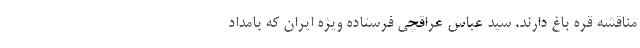
مناقشه قره باغ دارند. سید عباس عراقچی فرستاده ویژه ایران که بامداد